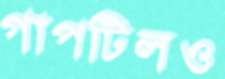
গাপটিলও